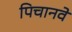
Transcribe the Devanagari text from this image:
पिचानवे